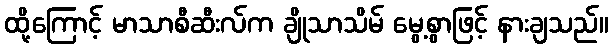
ထို့ကြောင့် မာသာစီဆီးလ်က ချိုသာသိမ် မွေ့စွာဖြင့် နားချသည်။